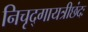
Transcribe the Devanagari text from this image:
निचृद्‌गायत्रीछंदः